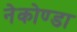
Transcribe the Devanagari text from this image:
नेकोण्डा